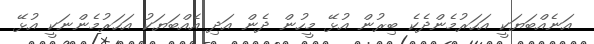
އަނެއްބަޔަކީ އަހަރުމެންދެކެ ބިރުން އުޅޭ މީހުން ދެން އަދި އެއްބަޔަކު އަހަރުމެންނަކީ އުޅޭ